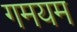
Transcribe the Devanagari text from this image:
गमयम